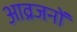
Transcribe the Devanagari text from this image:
आव्रजनों